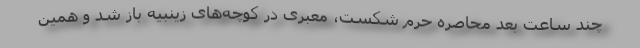
چند ساعت بعد محاصره حرم شکست، معبری در کوچه‌های زینبیه باز شد و همین